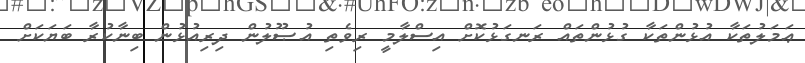
ޢަމަލުތަކާ އުޅުންތަކާ ގުޅުންތައް ރަނގަޅުކޮށް އިސްލާމީ ރިވެތި އުޞޫލުން ދިރިއުޅުން ބިނާކުރާ ބަޔަކަށް